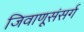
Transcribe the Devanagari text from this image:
जिवाणूसंसर्ग